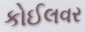
કોઈલવર